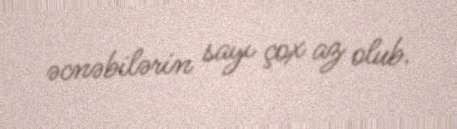
əcnəbilərin sayı çox az olub.